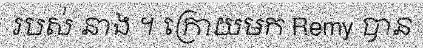
របស់ នាង ។ ក្រោយមក Remy បាន